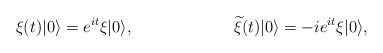
LaTeX: \begin{align*}\xi(t)|0 \rangle = e^{it} \xi|0 \rangle,\hspace{1.0in}{\widetilde \xi}(t)|0 \rangle =-i e^{it} \xi|0 \rangle,\end{align*}